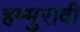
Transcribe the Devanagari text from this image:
हम्मुरावी